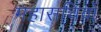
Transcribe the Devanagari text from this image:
महासचिवों